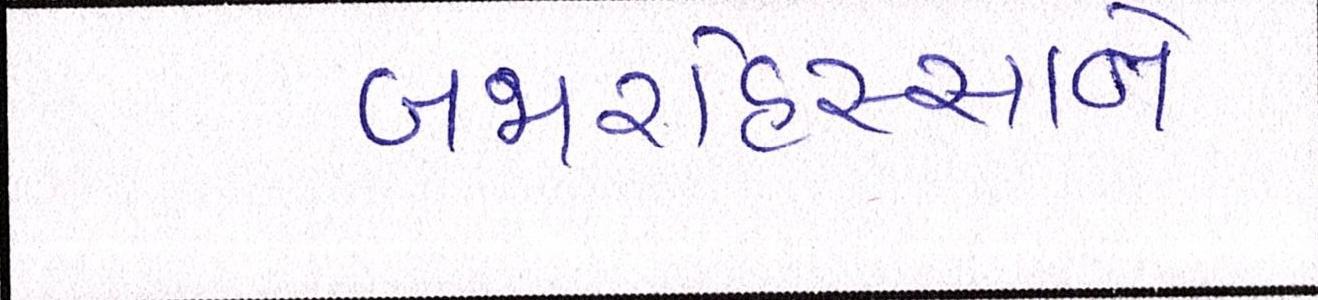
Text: બજારહિસ્સાને